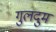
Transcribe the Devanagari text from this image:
गुलदुम